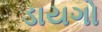
ડાયગો